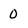
Character: 0